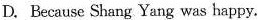
D.Because Shang Yang was happpy.